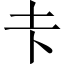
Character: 𪢱